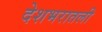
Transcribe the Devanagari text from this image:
देशभरातली